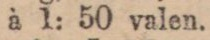
à 1: 50 valen.